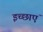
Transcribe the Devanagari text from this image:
इच्‍छाएं